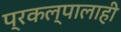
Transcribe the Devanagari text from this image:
प्रकल्पालाही